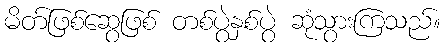
မိတ်ဖြစ်ဆွေဖြစ် တစ်ပွဲနှစ်ပွဲ ဆုံသွားကြသည်။